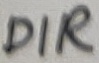
Text: DIR